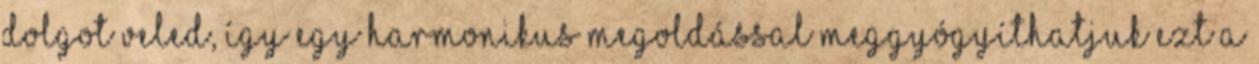
dolgot veled, így egy harmonikus megoldással meggyógyíthatjuk ezt a